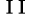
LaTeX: _\mathrm{~I~I~}